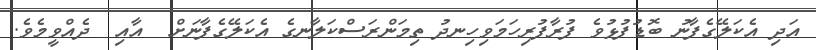
އަދި އެކަލޭގެފާނު ބޮޑުފުޅުވެ ފުރާފުރިހަމަވިހިނދު ތިމަންރަސްކަލާނގެ އެކަލޭގެފާނަށް  އާއި  ދެއްވީމެވެ.